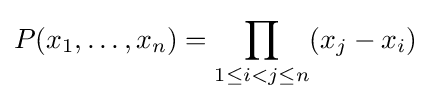
P(x_{1},\ldots ,x_{n})=\prod _{1\leq i<j\leq n}(x_{j}-x_{i})